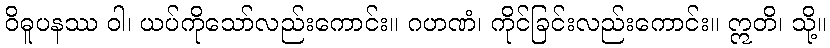
ဝိဓူပနဿ ဝါ၊ ယပ်ကိုသော်လည်းကောင်း။ ဂဟဏံ၊ ကိုင်ခြင်းလည်းကောင်း။ ဣတိ၊ သို့။